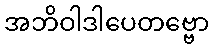
အဘိဝါဒါပေတဗ္ဗော